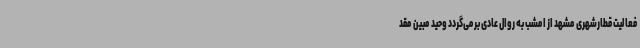
فعالیت قطارشهری مشهد از امشب به روال عادی برمی‌گردد وحید مبین مقد